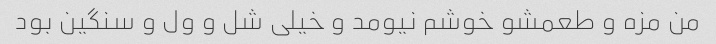
من مزه و طعمشو خوشم نیومد و خیلی شل و ول و سنگین بود